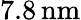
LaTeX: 7.8\, \mathrm{nm}